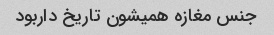
جنس مغازه همیشون تاریخ داربود